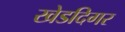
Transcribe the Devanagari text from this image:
खेडदिगर